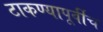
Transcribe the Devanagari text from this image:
टाकण्यापूर्वीच